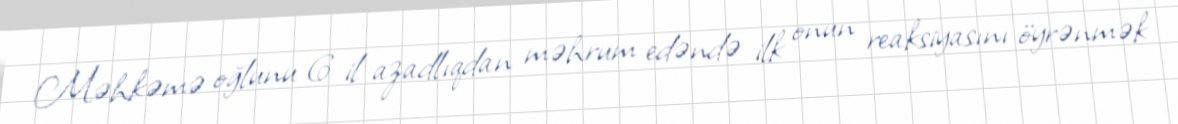
Məhkəmə oğlunu 6 il azadlıqdan məhrum edəndə ilk onun reaksiyasını öyrənmək